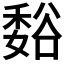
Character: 𫎂